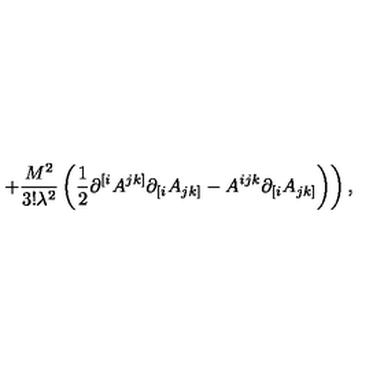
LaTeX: \left. + \frac { M ^ { 2 } } { 3 ! \lambda ^ { 2 } } \left( \frac 1 2 \partial ^ { [ i } A ^ { j k ] } \partial _ { [ i } A _ { j k ] } - A ^ { i j k } \partial _ { [ i } A _ { j k ] } \right) \right) ,